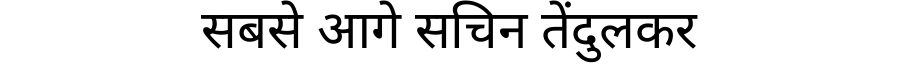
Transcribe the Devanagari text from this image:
सबसे आगे सचिन तेंदुलकर